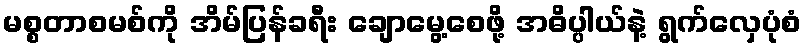
မစ္စတာစမစ်ကို အိမ်ပြန်ခရီး ချောမွေ့စေဖို့ အဓိပ္ပါယ်နဲ့ ရွက်လှေပုံစံ